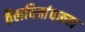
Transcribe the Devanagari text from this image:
तैलचित्रांवरून